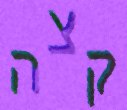
קצה